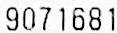
9071681